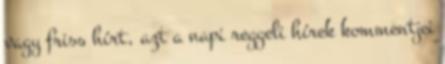
vagy friss hírt, azt a napi reggeli hírek kommentjei